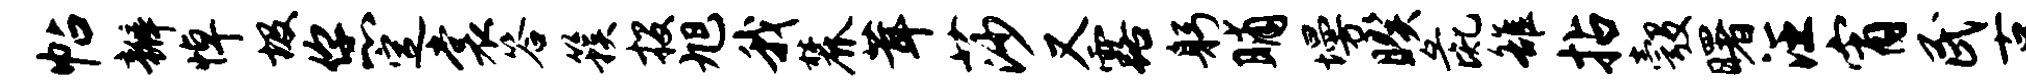
帖瓣悼圾您定裳答簇投旭我麓茸莎又露躬晡墁暌彘雒拈彀曙汪宵民古